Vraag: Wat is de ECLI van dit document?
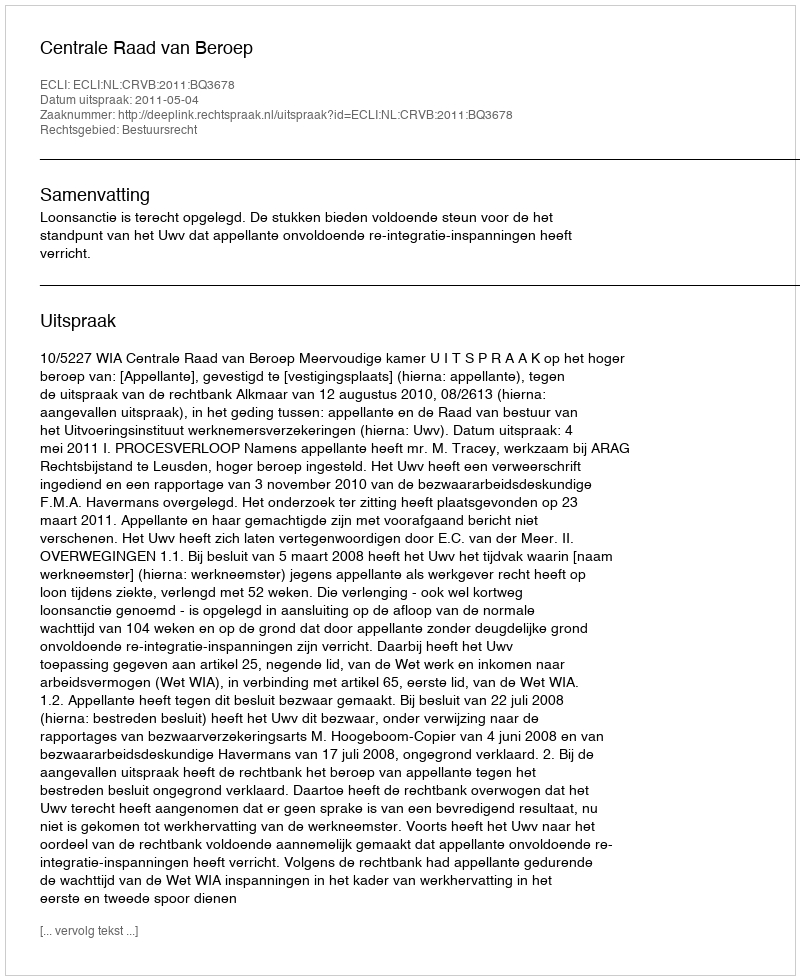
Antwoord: ECLI:NL:CRVB:2011:BQ3678